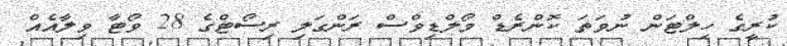
ކުރީގެ ހިލްޓަން ނުވަތަ ކޮންރެޑް މޯލްޑިވްސް ރަންގަލި ރިސޯޓްގެ 28 ވޯޓާ ވިލާއެއް